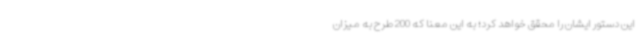
این دستور ایشان را محقق خواهد کرد؛ به این معنا که 200 طرح به میزان